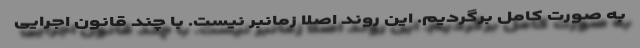
به صورت کامل برگردیم. این روند اصلاً زمانبر نیست. با چند قانون اجرایی